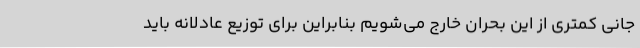
جانی کمتری از این بحران خارج می‌شویم بنابراین برای توزیع عادلانه باید